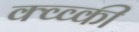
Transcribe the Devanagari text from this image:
क्व्व्की